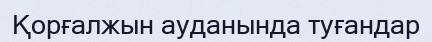
Қорғалжын ауданында туғандар